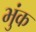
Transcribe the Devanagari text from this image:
भुंक